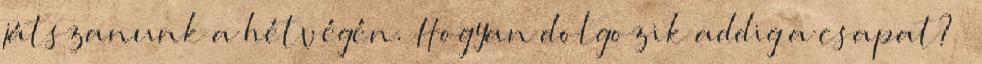
játszanunk a hétvégén. Hogyan dolgozik addig a csapat? –